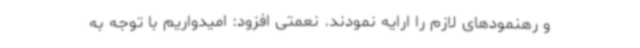
و رهنمودهای لازم را ارایه نمودند. نعمتی افزود: امیدواریم با توجه به